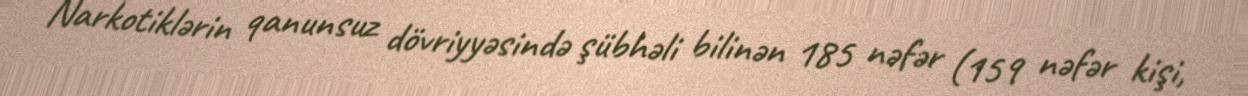
Narkotiklərin qanunsuz dövriyyəsində şübhəli bilinən 185 nəfər (159 nəfər kişi,